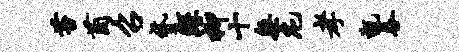
苔茵召贷鲧柳十无庀孝甑吞